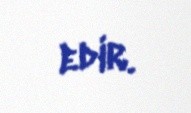
edir.